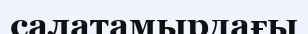
салатамырдағы